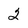
Character: 2